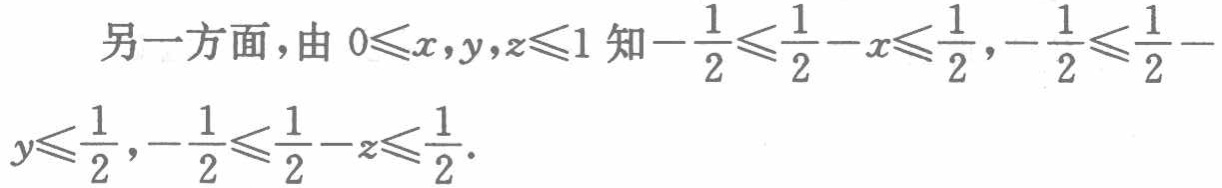
另一方面，由 \(0\leqslant x,y,z\leqslant1\) 知 \(-\frac{1}{2}\leqslant\frac{1}{2}-x\leqslant\frac{1}{2}\)，\(-\frac{1}{2}\leqslant\frac{1}{2}-y\leqslant\frac{1}{2}\)，\(-\frac{1}{2}\leqslant\frac{1}{2}-z\leqslant\frac{1}{2}\)。